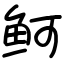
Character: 鲄